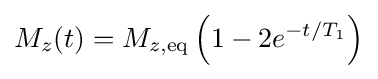
M_{z}(t)=M_{z,\mathrm {eq} }\left(1-2e^{-t/T_{1}}\right)